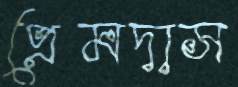
প্রেমদাস